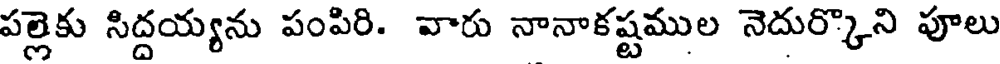
పల్లెకు సిద్దయ్యను పంపిరి. వారు నానాకష్టముల నెదుర్కొని పూలు